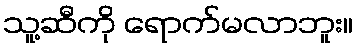
သူ့ဆီကို ရောက်မလာဘူး။